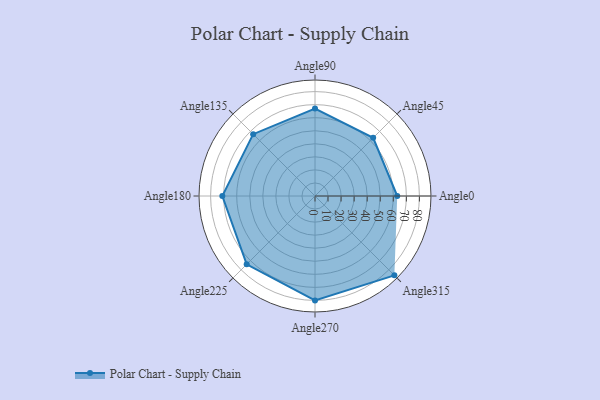
{"axis": {"x": "Angle", "y": "Radius"}, "legend": [""], "data": [{"x": "Angle0", "y": 63.0, "type": ""}, {"x": "Angle45", "y": 63.0, "type": ""}, {"x": "Angle90", "y": 67.0, "type": ""}, {"x": "Angle135", "y": 67.0, "type": ""}, {"x": "Angle180", "y": 71.0, "type": ""}, {"x": "Angle225", "y": 74.0, "type": ""}, {"x": "Angle270", "y": 80.0, "type": ""}, {"x": "Angle315", "y": 86.0, "type": ""}]}